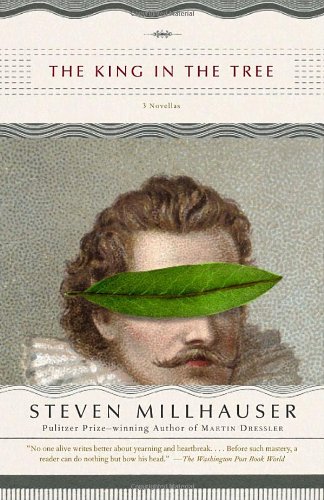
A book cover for The King in the Tree; Steven Millhauser; Literature & Fiction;